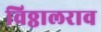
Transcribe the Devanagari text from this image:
विठ्ठालराव